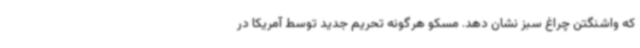
که واشنگتن چراغ سبز نشان دهد. مسکو هرگونه تحریم جدید توسط آمریکا در